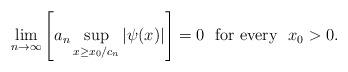
LaTeX: \begin{align*}\lim\limits_{n \to \infty}\left[a_n\sup\limits_{x \ge x_0/c_n}|\psi(x)|\right] = 0\ \ \mbox{for every}\ \ x_0 > 0.\end{align*}